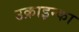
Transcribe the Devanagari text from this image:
उक्राइन्का